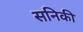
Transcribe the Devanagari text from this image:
सनिकी